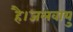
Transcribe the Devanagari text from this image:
है।जलवायु